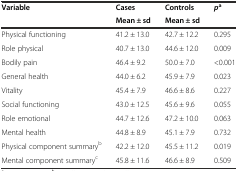
| <ROWSPAN=2> Variable | Cases | Controls | <ROWSPAN=2> pa |
 | Mean ± sd | Mean ± sd |
 | --- | --- | --- | --- |
 | Physical functioning | 41.2 ± 13.0 | 42.7 ± 12.2 | 0.295 |
 | Role physical | 40.7 ± 13.0 | 44.6 ± 12.0 | 0.009 |
 | Bodily pain | 46.4 ± 9.2 | 50.0 ± 7.0 | <0.001 |
 | General health | 44.0 ± 6.2 | 45.9 ± 7.9 | 0.023 |
 | Vitality | 45.4 ± 7.9 | 46.6 ± 8.6 | 0.227 |
 | Social functioning | 43.0 ± 12.5 | 45.6 ± 9.6 | 0.055 |
 | Role emotional | 44.7 ± 12.6 | 47.2 ± 10.0 | 0.063 |
 | Mental health | 44.8 ± 8.9 | 45.1 ± 7.9 | 0.732 |
 | Physical component summaryb | 42.2 ± 12.0 | 45.5 ± 11.2 | 0.019 |
 | Mental component summaryc | 45.8 ± 11.6 | 46.6 ± 8.9 | 0.509 |